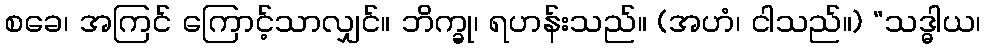
စခေ၊ အကြင် ကြောင့်သာလျှင်။ ဘိက္ခု၊ ရဟန်းသည်။ (အဟံ၊ ငါသည်။) “သဒ္ဓါယ၊